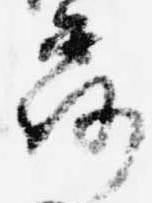
露